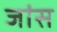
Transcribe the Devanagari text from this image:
जांस